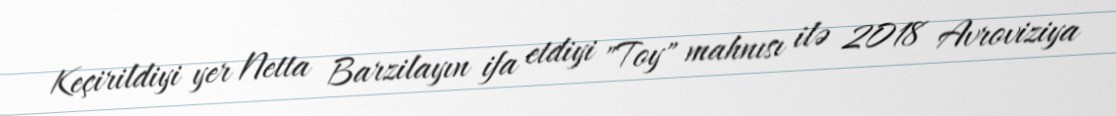
Keçirildiyi yer Netta Barzilayın ifa etdiyi "Toy" mahnısı ilə 2018 Avroviziya